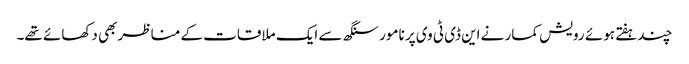
چندہفتے ہوئے رویش کمار نے این ڈی ٹی وی پر نامور سنگھ سے ایک ملاقات کے مناظر بھی دکھائے تھے۔